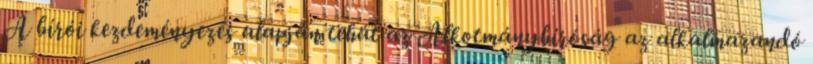
A bírói kezdeményezés alapján tehát az Alkotmánybíróság az alkalmazandó